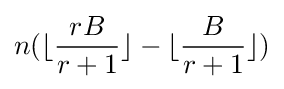
n(\lfloor {\frac {rB}{r+1}}\rfloor -\lfloor {\frac {B}{r+1}}\rfloor )